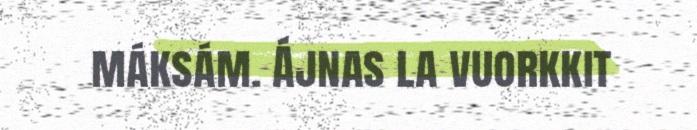
máksám. Ájnas la vuorkkit